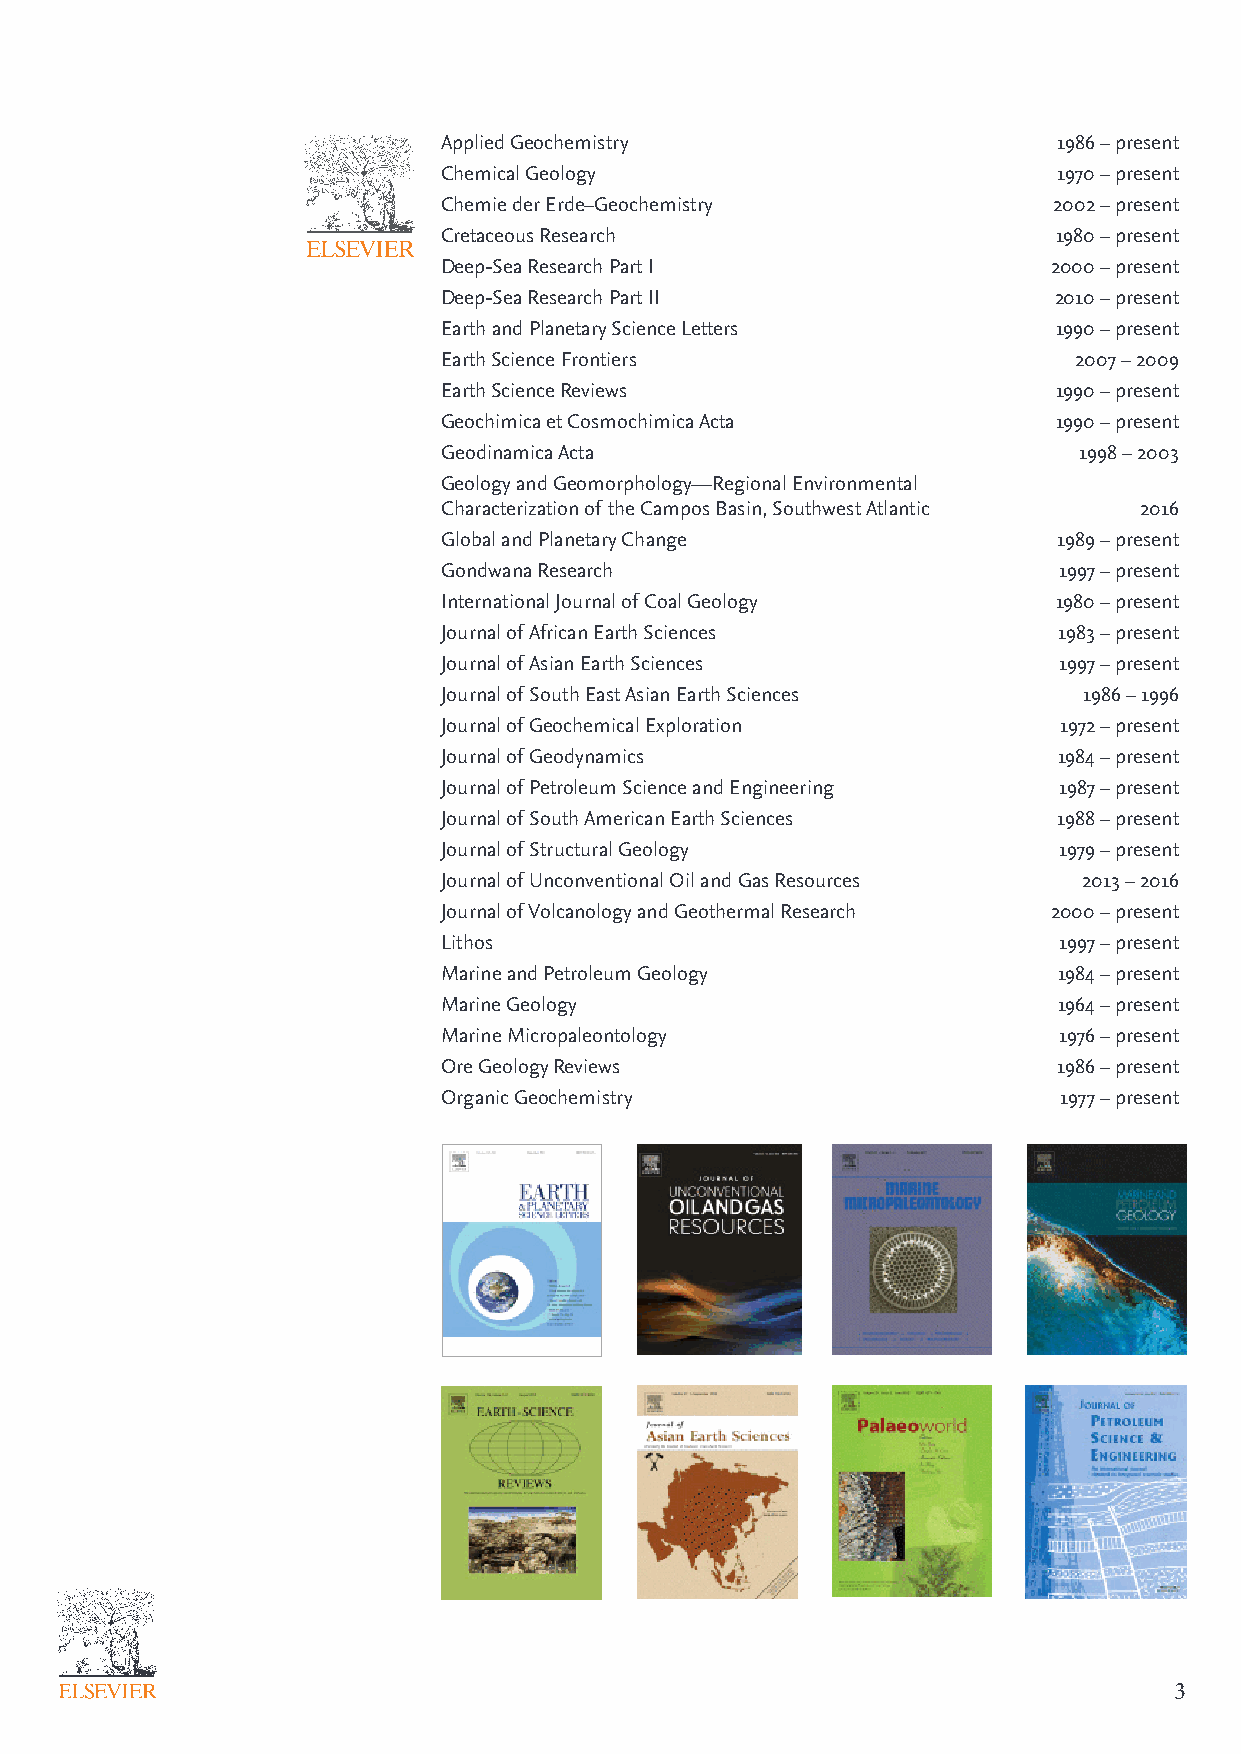
Applied Geochemistry                     1986 – present
 Chemical Geology                         1970 – present
 Chemie der Erde–Geochemistry             2002 – present
 Cretaceous Research                      1980 – present
 Deep-Sea Research Part I                 2000 – present
 Deep-Sea Research Part II                2010 – present
 Earth and Planetary Science Letters      1990 – present
 Earth Science Frontiers                   2007 – 2009
 Earth Science Reviews                    1990 – present
 Geochimica et Cosmochimica Acta          1990 – present
 Geodinamica Acta                          1998 – 2003
 Geology and Geomorphology—Regional Environmental
 Characterization of the Campos Basin, Southwest Atlantic 2016
 Global and Planetary Change              1989 – present
 Gondwana Research                        1997 – present
 International Journal of Coal Geology    1980 – present
 Journal of African Earth Sciences        1983 – present
 Journal of Asian Earth Sciences          1997 – present
 Journal of South East Asian Earth Sciences 1986 – 1996
 Journal of Geochemical Exploration       1972 – present
 Journal of Geodynamics                   1984 – present
 Journal of Petroleum Science and Engineering 1987 – present
 Journal of South American Earth Sciences 1988 – present
 Journal of Structural Geology            1979 – present
 Journal of Unconventional Oil and Gas Resources 2013 – 2016
 Journal of Volcanology and Geothermal Research 2000 – present
 Lithos                                   1997 – present
 Marine and Petroleum Geology             1984 – present
 Marine Geology                           1964 – present
 Marine Micropaleontology                 1976 – present
 Ore Geology Reviews                      1986 – present
 Organic Geochemistry                     1977 – present
 2                                                                             3